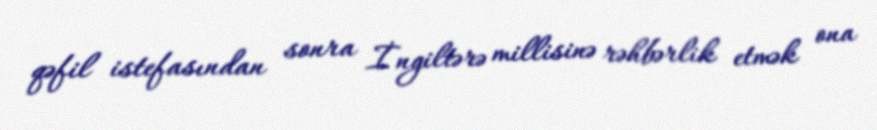
qəfil istefasından sonra İngiltərə millisinə rəhbərlik etmək ona